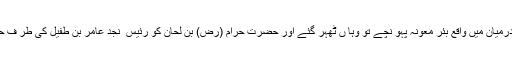
وہ جب بنو عامراور بنو سلیم کی بستی کے درمیان میں واقع بئرِ معونہ پہو نچے تو وہا ں ٹھہر گئے اور حضرت حرام (رض) بن لحان کو رئیس ِ نجد عامر بن طفیل کی طر ف حضو ر (ص)کا نامہ مبا رک دے کر بھیجا ۔